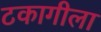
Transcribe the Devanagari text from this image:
टकागीला